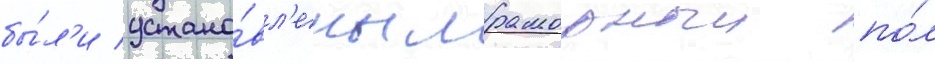
бы́л'и устано́вл'ены мраморныи по́л